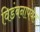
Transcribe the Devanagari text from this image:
विडंबनापर्यंत